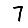
Digit: 7